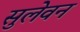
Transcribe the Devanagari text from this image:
सुलेवन